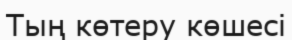
Тың көтеру көшесі